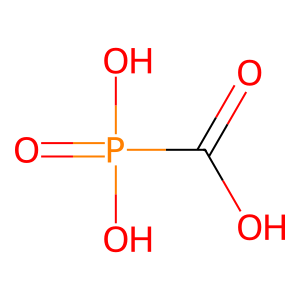
SMILES: O=C(O)P(=O)(O)O
Inhibits HIV replication: No